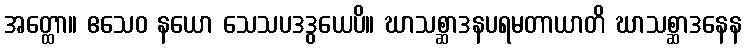
အတ္ထော။ ဧသေဝ နယော သေသပဒဒွယေပိ။ ဃာသစ္ဆာဒနပရမတာယာတိ ဃာသစ္ဆာဒနေန